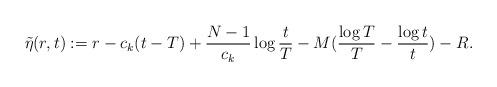
LaTeX: \begin{align*}\tilde \eta(r,t):=r-c_{k}(t-T)+\frac{N-1}{c_{k}}\log \frac tT-M(\frac{\log T}T-\frac{\log t} t)-R.\end{align*}